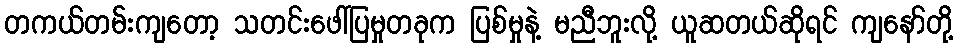
တကယ်တမ်းကျတော့ သတင်းဖေါ်ပြမှုတခုက ပြစ်မှုနဲ့ မညီဘူးလို့ ယူဆတယ်ဆိုရင် ကျနော်တို့